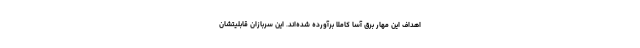
اهداف این مهار برق آسا کاملا برآورده شده‌اند. این سربازان قابلیتشان